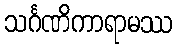
သင်္ဂဏိကာရာမဿ